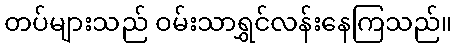
တပ်များသည် ဝမ်းသာရွှင်လန်းနေကြသည်။